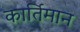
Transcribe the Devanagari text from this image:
कार्तिमान